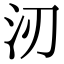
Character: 㲽